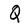
Character: Q